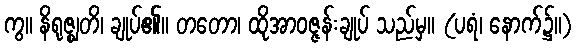
ကွ။ နိရုဇ္ဈတိ၊ ချုပ်၏။ တတော၊ ထိုအာဝဇ္ဇန်းချုပ် သည်မှ။ (ပရံ၊ နောက်၌။)